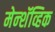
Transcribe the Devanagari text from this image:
मेन्शॅव्हिक